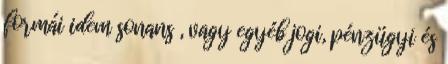
formái idem sonans , vagy egyéb jogi, pénzügyi és